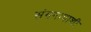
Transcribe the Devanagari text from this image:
संगमापाशी